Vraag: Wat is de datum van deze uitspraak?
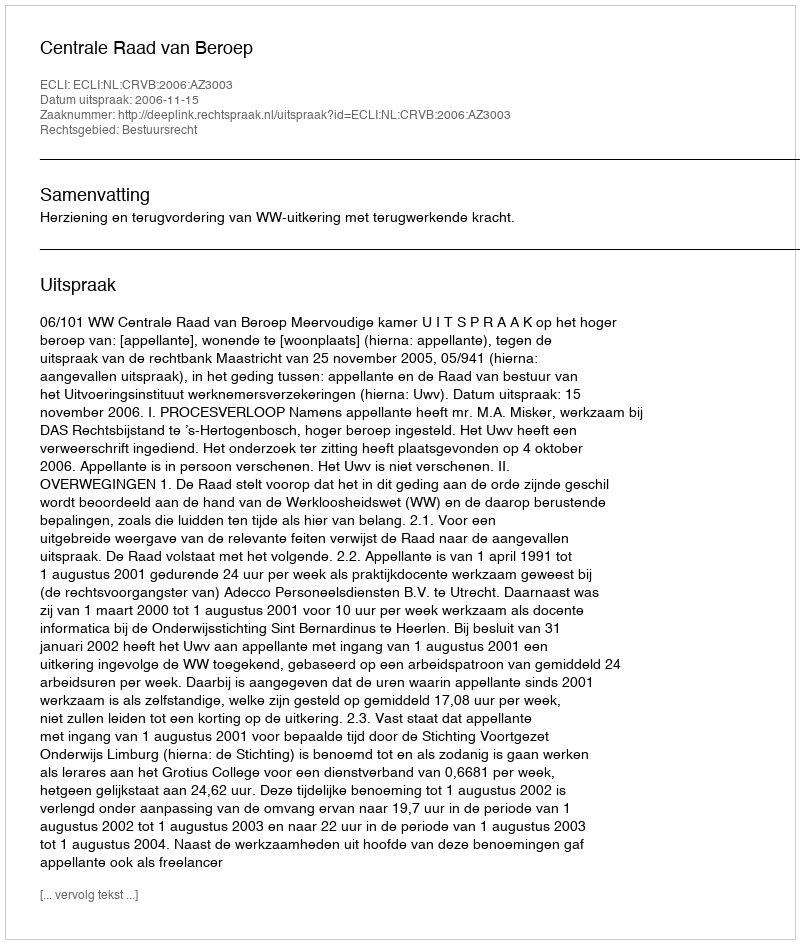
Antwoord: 2006-11-15